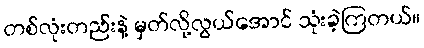
တစ်လုံးတည်းနဲ့ မှတ်လို့လွယ်အောင် သုံးခဲ့ကြတယ်။